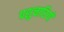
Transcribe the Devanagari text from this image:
पशुचारियों